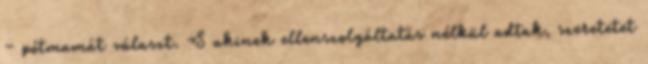
– pótmamát választ. S akinek ellenszolgáltatás nélkül adtak, szeretetet